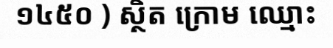
១៤៥០ ) ស្ថិត ក្រោម ឈ្មោះ